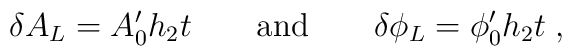
\delta A_L  =  A_0' h_2 t \qquad \mbox{and} \qquad \delta \phi_L=\phi_0' h_2 t \;,